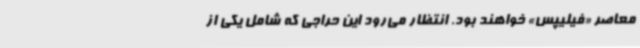
معاصر «فیلیپس» خواهند بود. انتظار می‌رود این حراجی که شامل یکی از